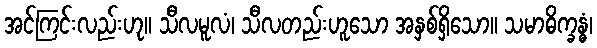
အင်ကြင်းလည်းဟု။ သီလမူလံ၊ သီလတည်းဟူသော အနှစ်ရှိသော။ သမာဓိက္ခန္ဓံ၊